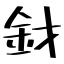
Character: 釮